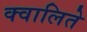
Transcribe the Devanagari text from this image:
क्वालिते